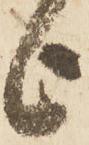
上